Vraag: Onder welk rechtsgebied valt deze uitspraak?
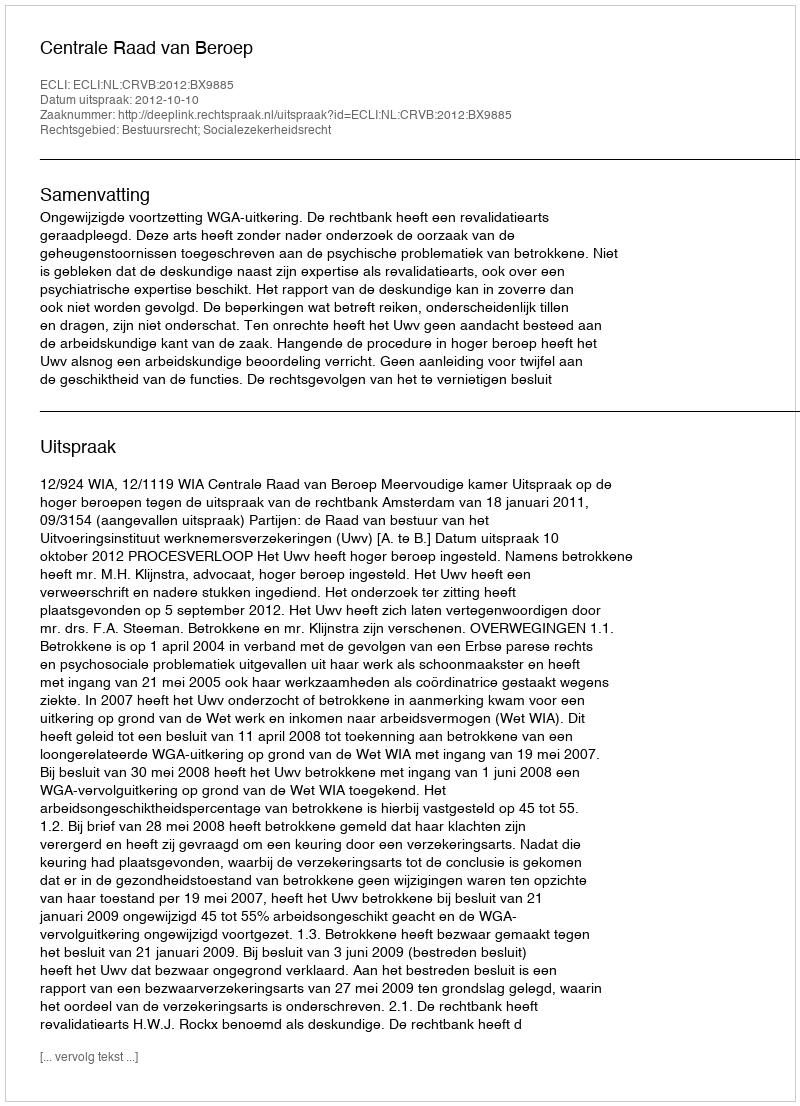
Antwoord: Bestuursrecht; Socialezekerheidsrecht